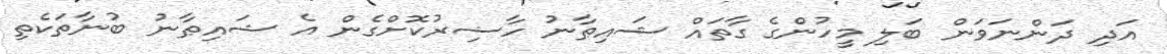
އަދި ދަންނަވަން ބަލި މީހުންގެ ގާތައް ޝައިޠާނު ހާޟިރުކޮށްގެން އެ ޝައިޠާނު ބުނާތަކެތި